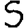
Digit: 5